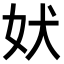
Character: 𫰋